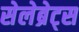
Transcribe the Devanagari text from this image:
सेलेब्रेट्स